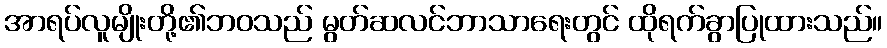
အာရပ်လူမျိုးတို့၏ဘဝသည် မွတ်ဆလင်ဘာသာရေးတွင် ထိုရက်ခွာပြုထားသည်။